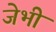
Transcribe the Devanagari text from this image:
जेभी